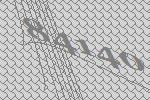
84140